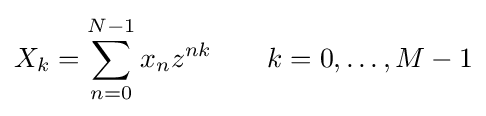
X_{k}=\sum _{n=0}^{N-1}x_{n}z^{nk}\qquad k=0,\dots ,M-1